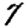
Digit: 7